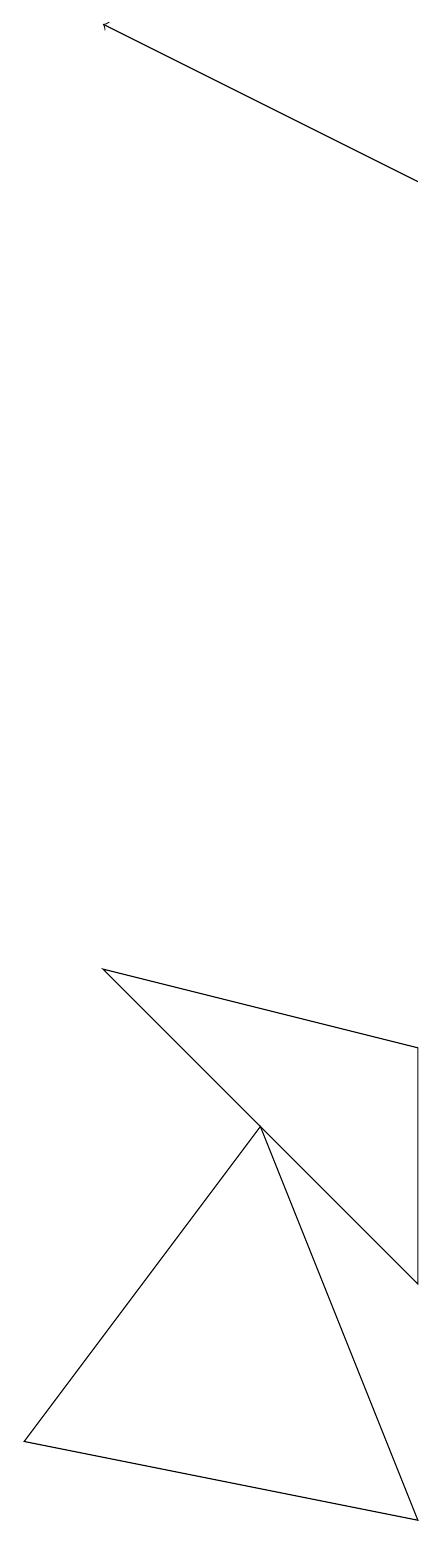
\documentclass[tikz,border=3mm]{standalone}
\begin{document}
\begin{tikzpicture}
\draw[->] (6,17) -- (2,19);
\draw (2,7) -- (6,6) -- (6,3) -- cycle;
\draw (4,5) -- (6,0) -- (1,1) -- cycle;
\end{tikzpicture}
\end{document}